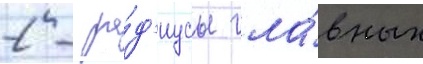
2 - ра́д'иусы гла́вных